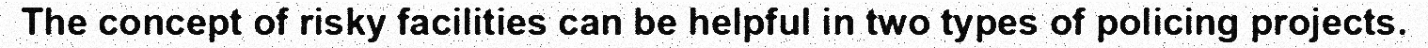
The concept of risky facilities can be helpful in two types of policing projects.